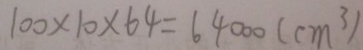
1 0 0 \times 1 0 \times 6 4 = 6 4 0 0 0 ( c m ^ { 3 } )